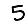
Digit: 5